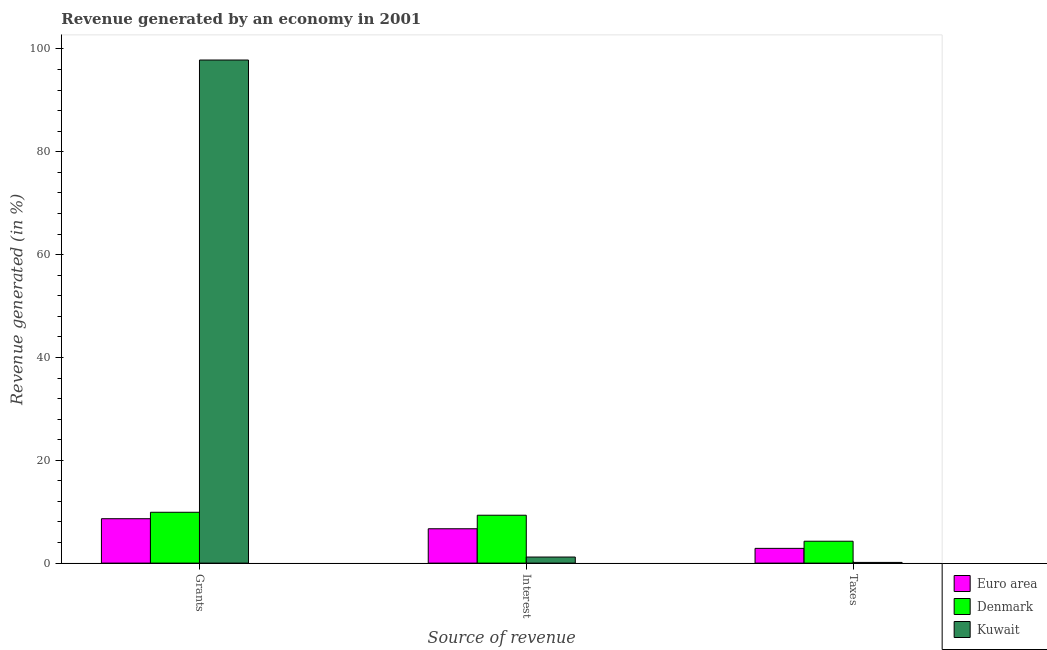
| Source of revenue | Euro area | Denmark | Kuwait |
 | --- | --- | --- | --- |
 | Grants | 8.64 | 9.89 | 97.9 |
 | Interest | 6.68 | 9.32 | 1.18 |
 | Taxes | 2.87 | 4.26 | 0.136 |